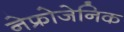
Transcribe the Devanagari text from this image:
नेफ्रोजेनिक